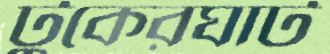
টুকেরঘাট